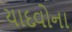
યાદવોના